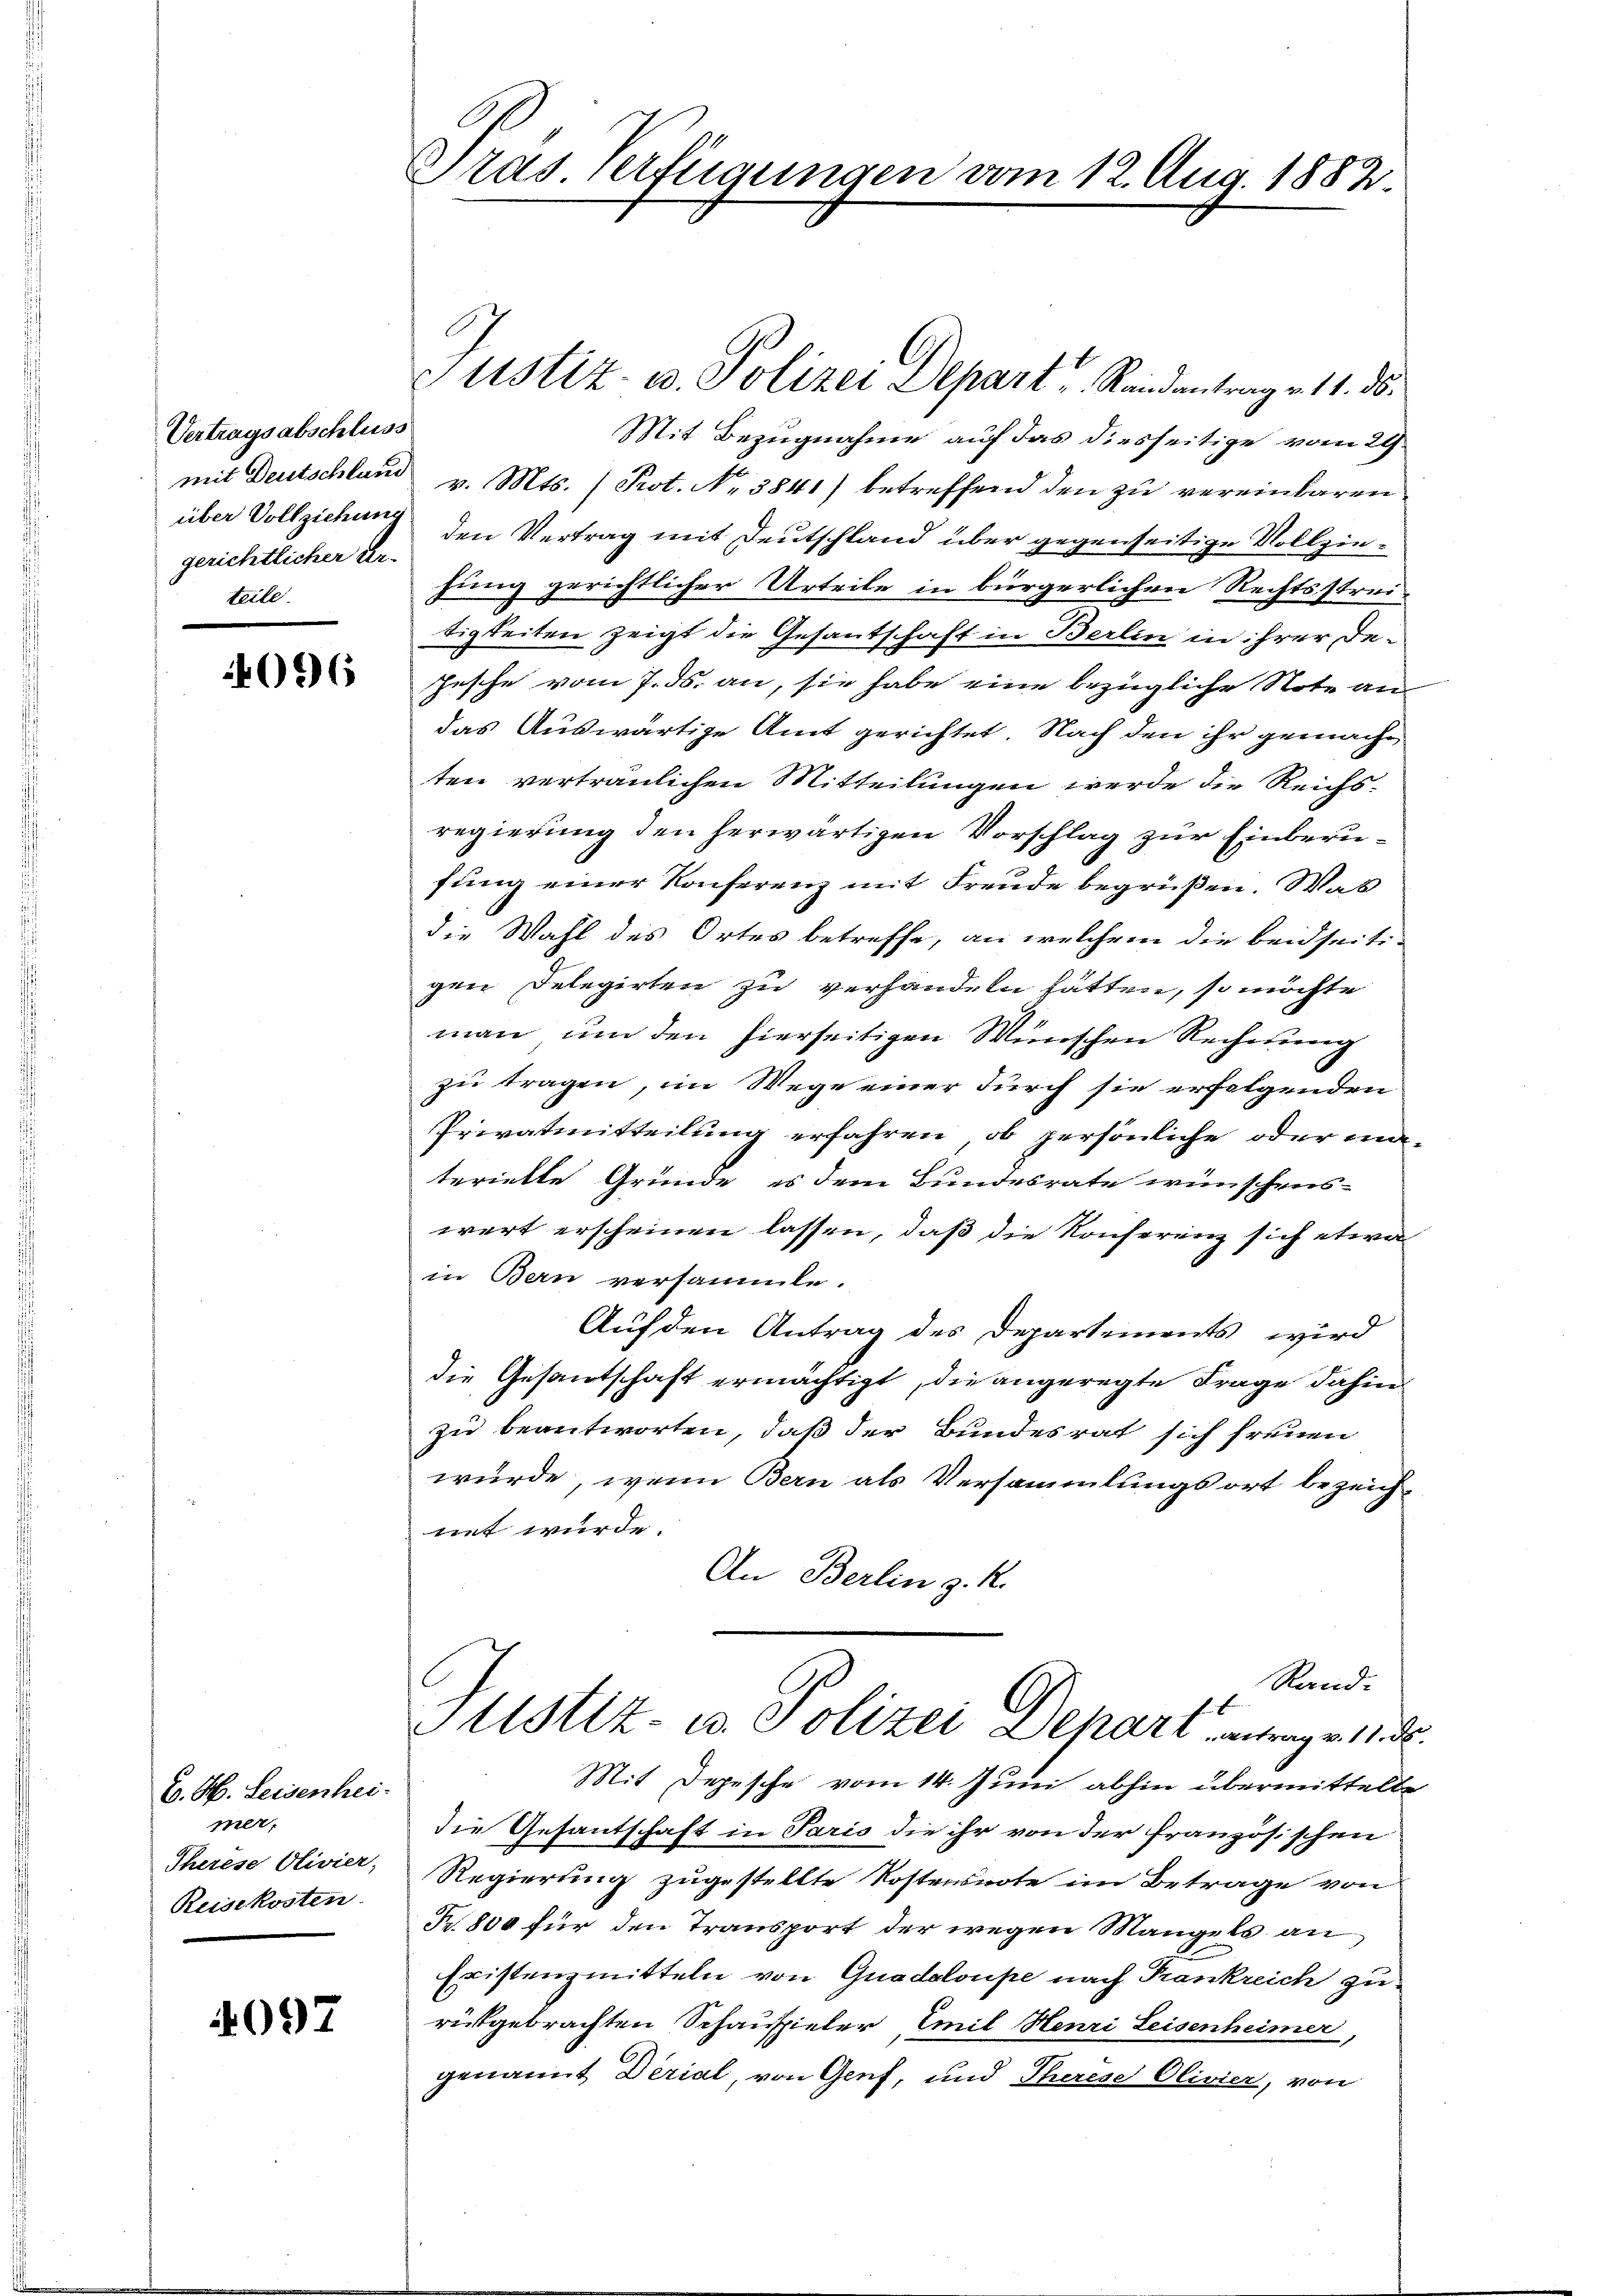
Vertragsabschluss
gerichtlicher Ur-
teile.

096

E. H. Leisenhei-
mer,
Therese Olivier,
Reisekosten.

4097

Dras Verfügungen vom 12. Aug. 1882.

Justiz- u. Polizei Depart, Randantrage 11. ds.
Mit Bezugnahme auf das diesseitige vom 29.
mit Deutschland v. Mts. (Prot. No 3841) betreffend den zu vereinbaren
über Vollziehung den Vertrag mit Deutschland über gegenseitige Vollziehung gerichtlicher Urteile in bürgerlichen Rechtsstrei
tigkeiten zeigt die Gesantschaft in Berlin in ihrer De¬
Zesche vom 7. ds. an, sie habe eine bezügliche Note an
das Auswärtige Amt gerichtet. Nach den ihr gemacht
ten verträulichen Mitteilungen werde die Reichsregierung den herwärtigen Vorschlag zur Einberufung einer Konferenz mit Freude begrüßen. Was
die Wahl des Ortes betreffe, an welchem die beidseiti-
gen Delegirten zu verhandeln hätten, so möchte
man um den hierseitigen Wünschen Rechnung
zu tragen, im Wege einer durch sie erfolgenden
Privatmitteilung erfahren, ob persönliche oder ma-
terielle Gründe es dem Bundesrate wünschens-
wert erscheinen lassen, daß die Konferenz sich etwa
in Bern versammte.
Auf den Antrag des Departements wird
die Gesandtschaft ermächtigt, die angeregte Frage dahin
zu beantworten, daß der Bundesrat sich freuen
würde, wenn Bern als Versammlungsort bezeichnnt wurde.
An Berlin z. R.
Rand.
Istiz- u. Polizei Dehart entrage 11 de
Mit Depesche vom 14. Juni abhin übermittelte
die Gesantschaft in Paris die ihr von der französischen
Regierung zugestellte Kostensnote im Betrage von
Nr. 800 für den Transport der wegen Mangels an
Existenzmitteln von Guadeloupe nach Frankreich zu
rückgebrachten Schauspieler, Emil Henri Leisenheimer,
genannt Derial, von Genf, und Therese Olivier, von